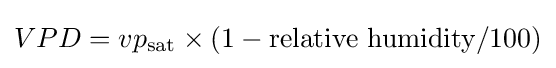
VPD=vp_{\text{sat}}\times (1-{\text{relative humidity}}/100)